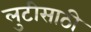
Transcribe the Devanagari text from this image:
लुटीसाठी